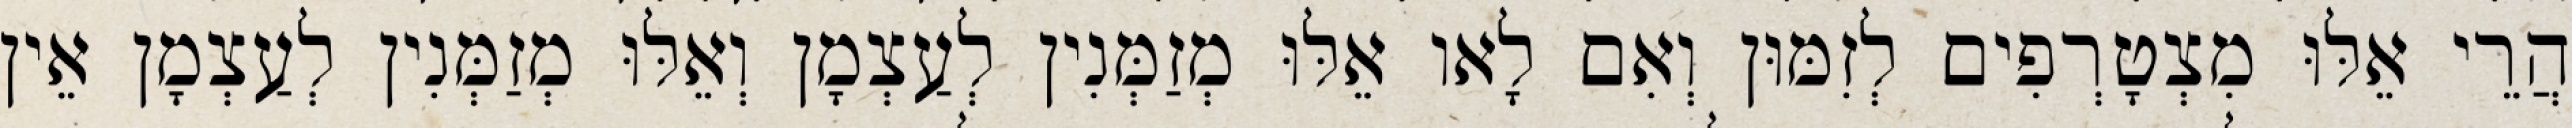
הֲרֵי אֵלּוּ מִצְטָרְפִים לְזִמּוּן וְאִם לָאו אֵלּוּ מְזַמְּנִין לְעַצְמָן וְאֵלּוּ מְזַמְּנִין לְעַצְמָן אֵין